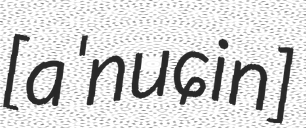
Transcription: [aˈnuɕin]